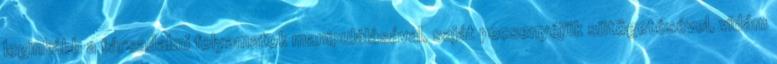
legin­kább a társadal­mi folyamatok ma­nipulálásával, saját pecsenyéjük sütögetésével, vidám